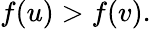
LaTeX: f(u)>f(v).